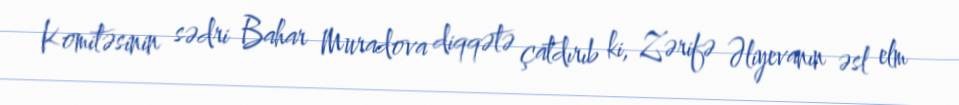
Komitəsinin sədri Bahar Muradova diqqətə çatdırıb ki, Zərifə Əliyevanın əsl elm